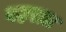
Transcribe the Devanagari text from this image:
वहरात